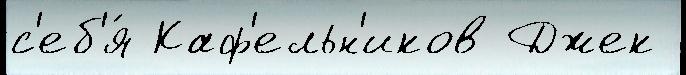
с'еб'я́ Каф'ельн'иков Джек